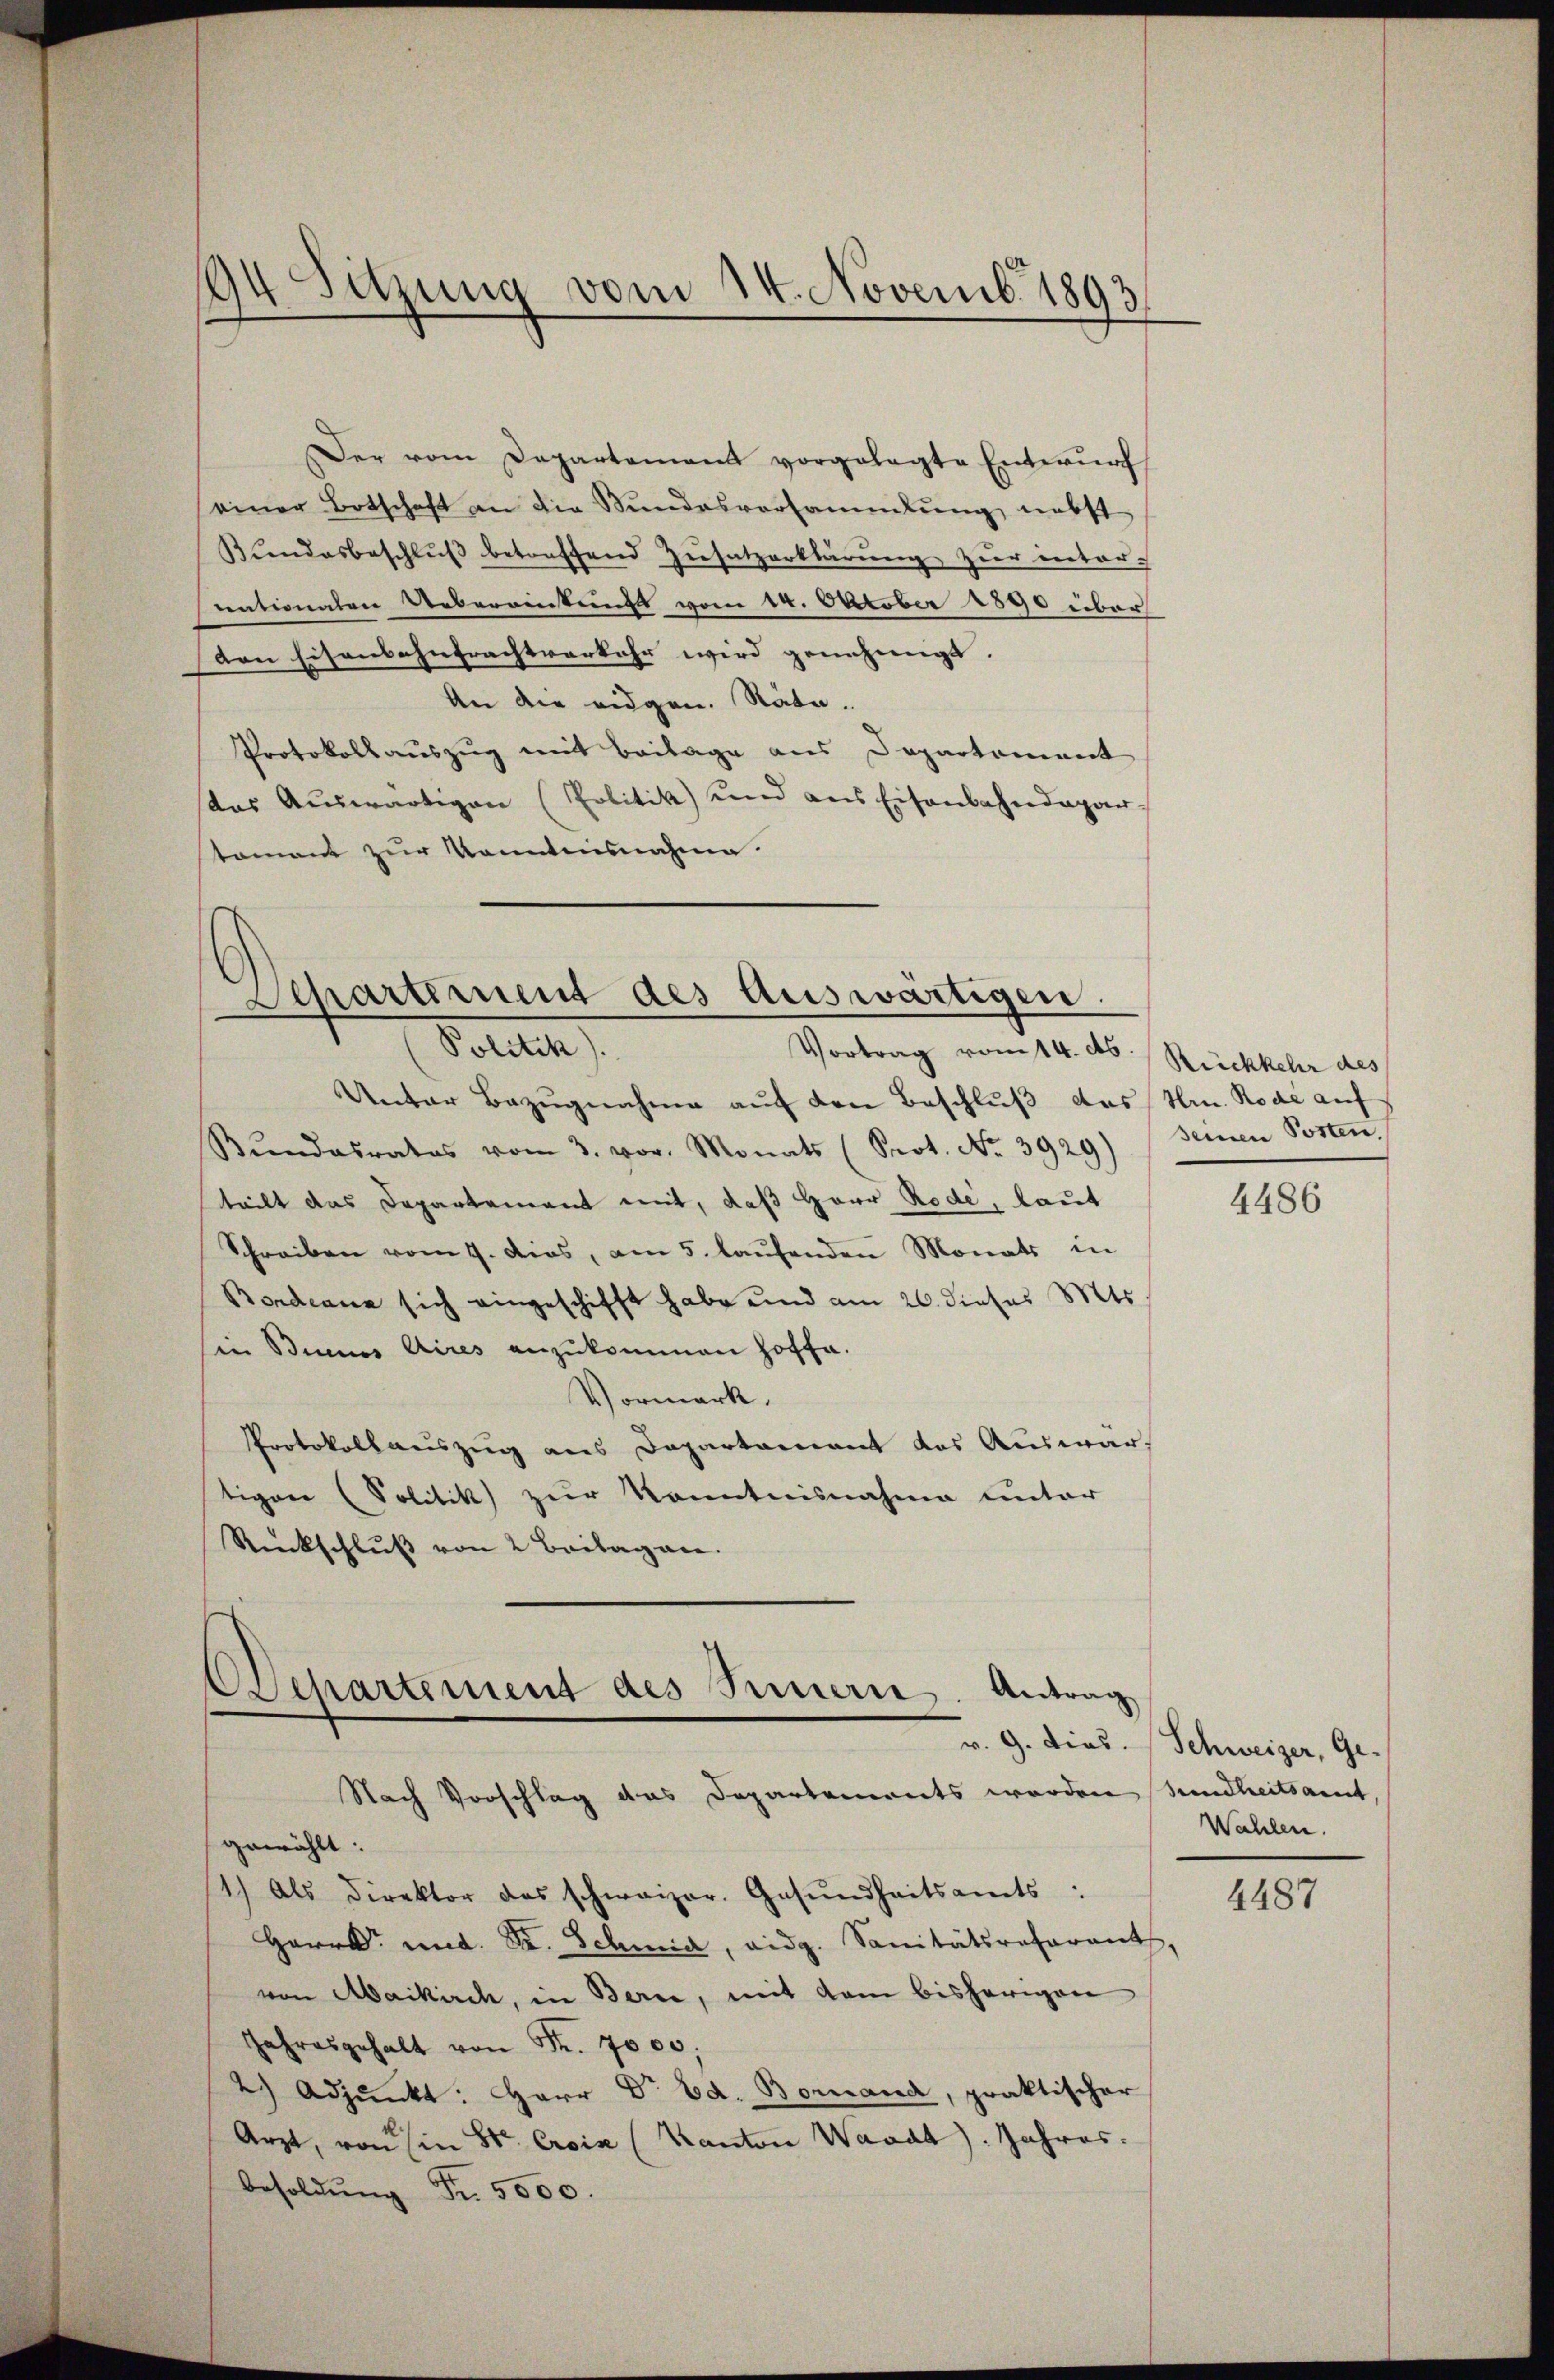
einer Botschaft an die Stŭndesversammlung nebst
nationalen Uebereinkungs vom 14. October 1890 über
den Eisenbahntrachtverkehr wird genehmigt.
An die eidgen. Räte.
Protokollauszug mit Beilage aus Departement
stes Aŭswärtigen (Politik und aus Eisenbahndepar
stament zur Kenntnisnahme.

194 Sitzung vom 14. Novemb. 1893

Lepartement des Auswärtigen.
(Politik).
Vortrag vom 14. d. Rückkehr des

Unter Bezugnahme auf den Beschluß des Hrn. Rode auf
Bŭndesrates vom 3. vor. Monats (Prot. No. 3929) seinen Posten,
teilt das Departement mit, daß Herr Rode, laut
Schreiben vom 9. dies, am 5. laŭfenden Monats in
Bordeann sich eingeschifft habe und am 20. dieses St
sin Binnes Aires anzukommen hoffe.
Vormark,
Protokollauszug aus Departement das Auswärtigen (Solitik zur Kenntnisnahme unter
Rückschlŭβ von 2 Beilagen.

chartement des Innern. Antrag
Nach Vorschlag das Departements worden Sundheitsamt

Der vom Departement vorgelegte Entwŭrf
Bŭndesbeschlŭβ betreffend Zŭsatzerklärŭng zŭr inter-

gewählt:
1.) Als Direktor des schweizer. Gesŭndheitsamts:
Herrn und Dr. Schmid, eidg. Sanitätsreferant
von Maikirch, in Bern, mit dem bisherigen
Jahresgehalt von Fr. 7000.
2.) Adjunkt: Herr Dr. Ed. Bornand, praktischer
Arzt, von in St. Croix (Kanton Waadt). Jahres.
besoldŭng Fr. 5000.

4486

v. 9. Dies. Schweizer, Ge
Wahlen.

4487